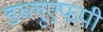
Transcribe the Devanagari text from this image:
डब्लूएफपी